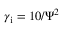
\gamma _ { \mathrm { i } } = 1 0 / \Psi ^ { 2 }